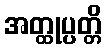
အတ္ထုပ္ပတ္တိ